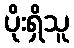
ပိုးရှိသူ